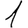
Digit: 1